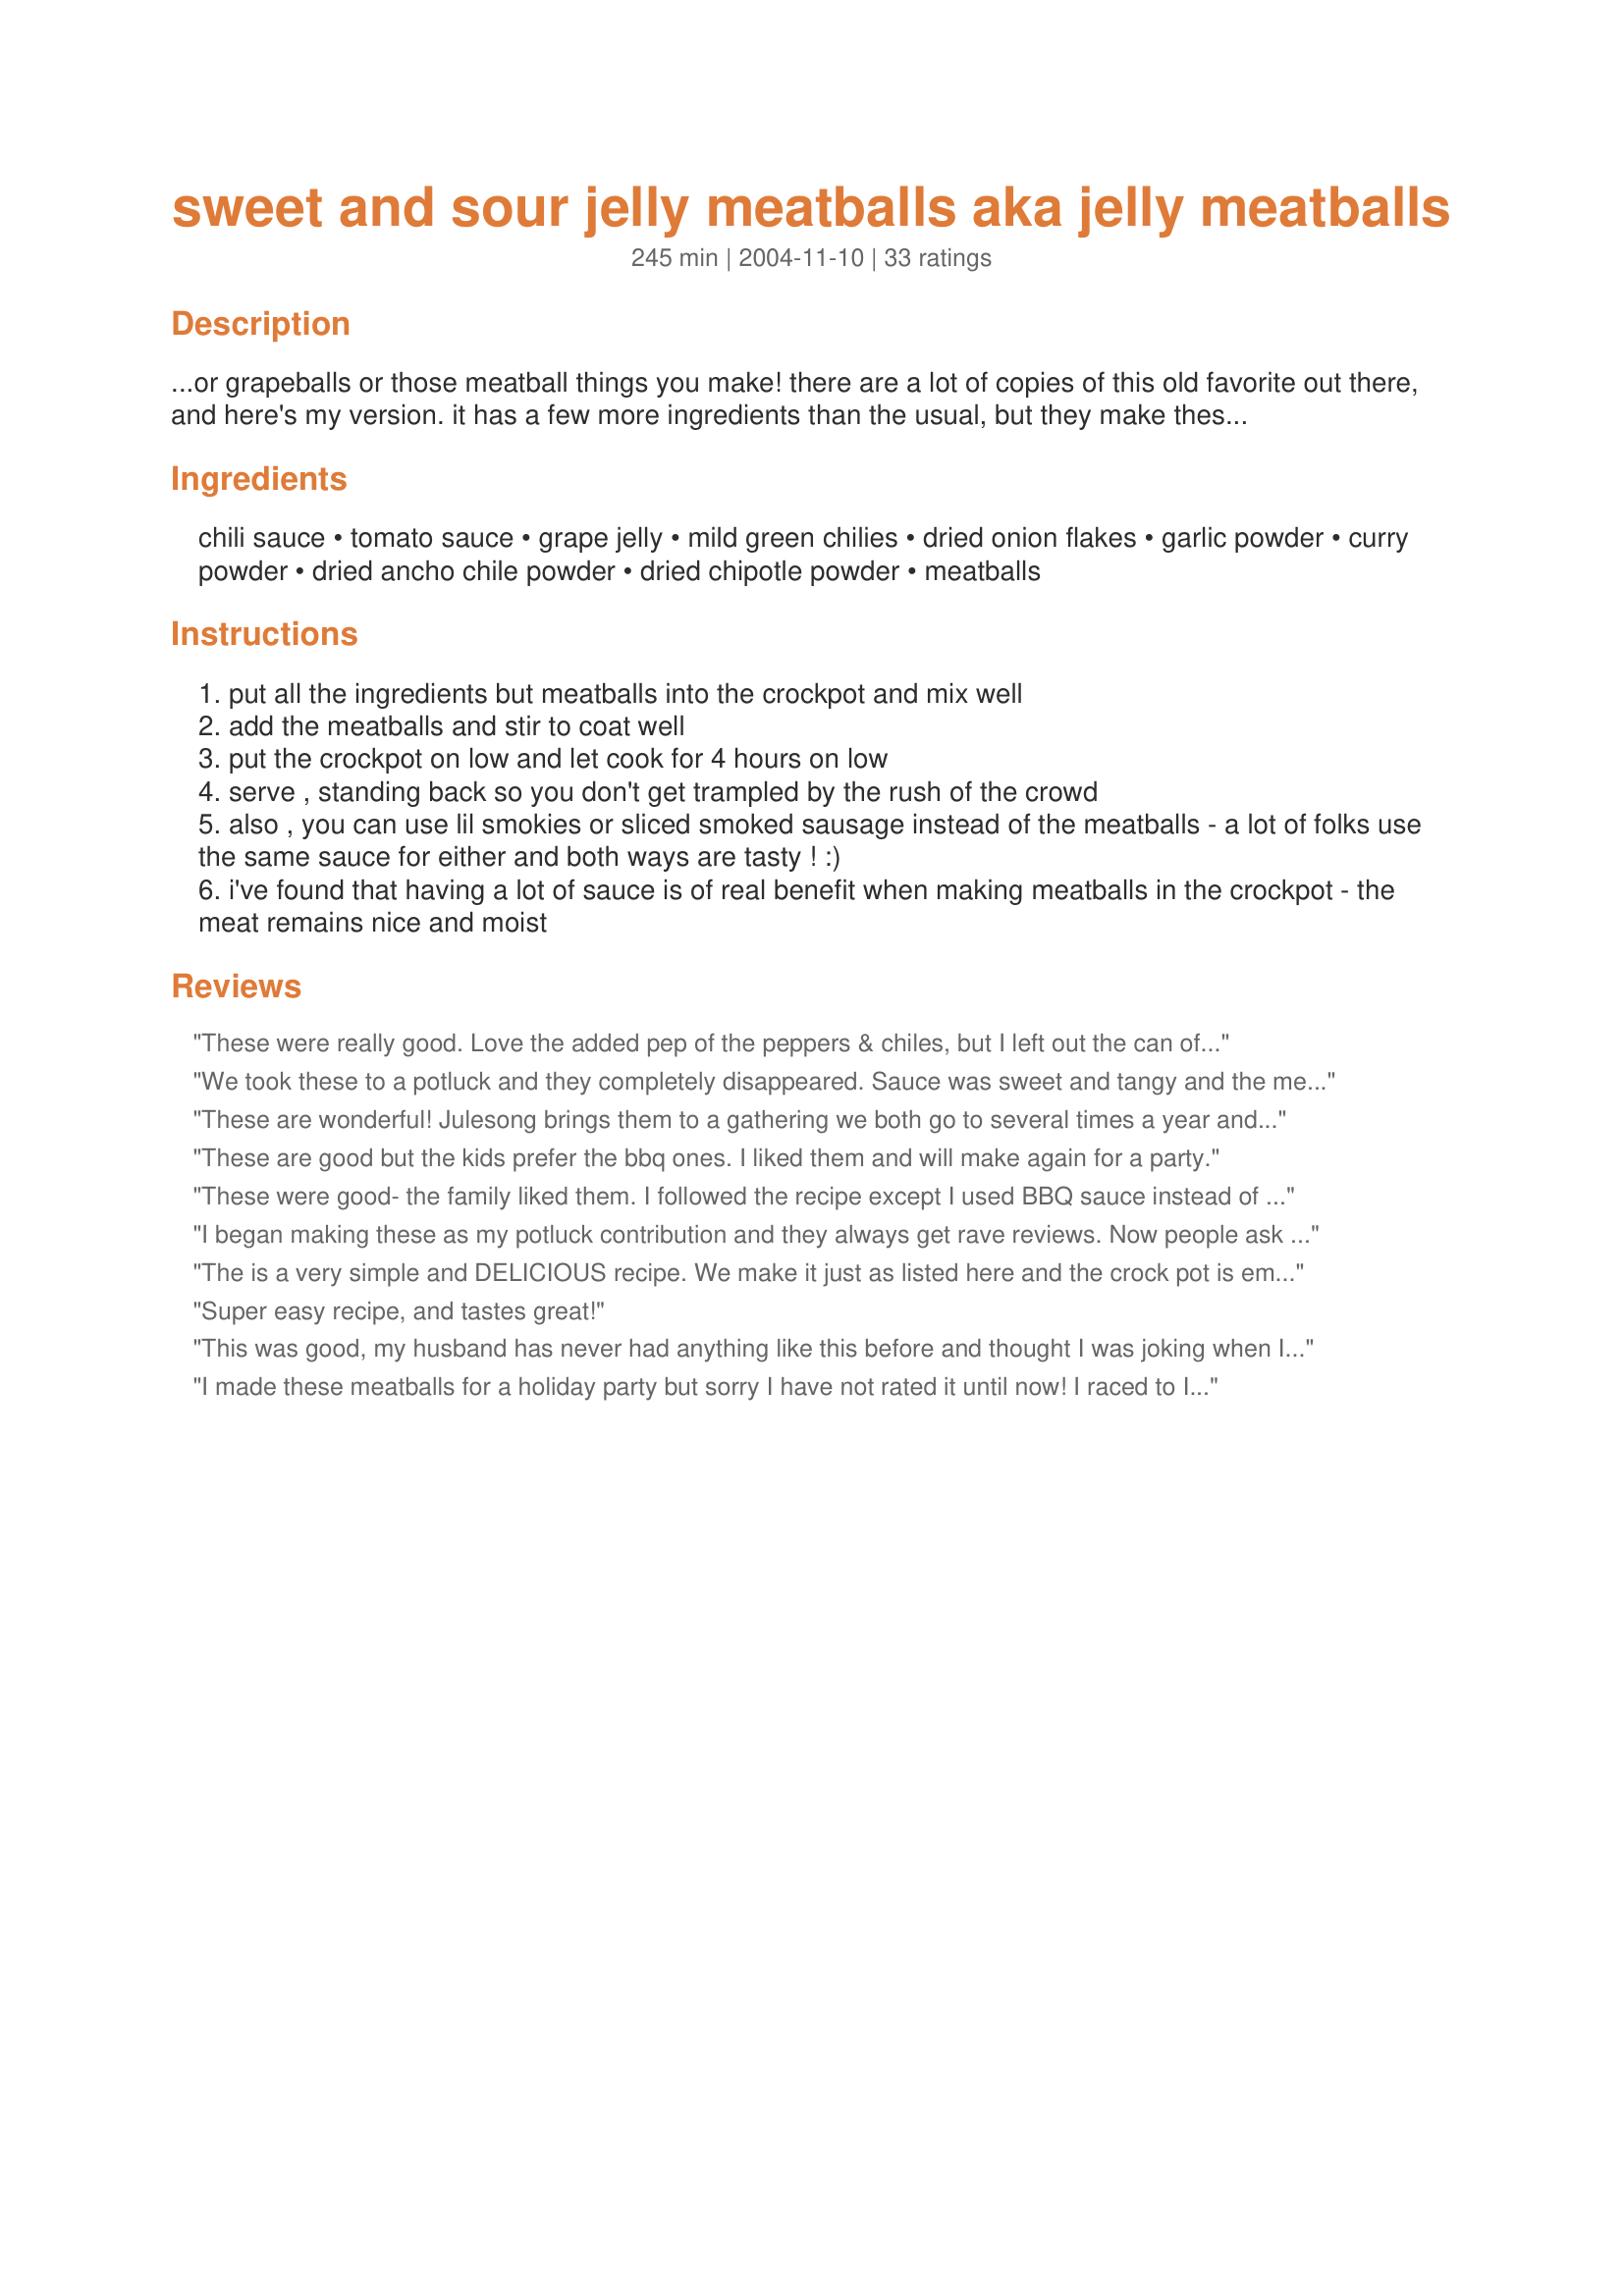
sweet and sour jelly meatballs aka jelly meatballs
Preparation time: 245 minutes

...or grapeballs or those meatball things you make! there are a lot of copies of this old favorite out there, and here's my version. it has a few more ingredients than the usual, but they make these tasty tidbits even more incredibly delicious!

Ingredients:
chili sauce, tomato sauce, grape jelly, mild green chilies, dried onion flakes, garlic powder, curry powder, dried ancho chile powder, dried chipotle powder, meatballs

Steps:
put all the ingredients but meatballs into the crockpot and mix well
add the meatballs and stir to coat well
put the crockpot on low and let cook for 4 hours on low
serve , standing back so you don't get trampled by the rush of the crowd
also , you can use lil smokies or sliced smoked sausage instead of the meatballs - a lot of folks use the same sauce for either and both ways are tasty ! :)
i've found that having a lot of sauce is of real benefit when making meatballs in the crockpot - the meat remains nice and moist

Reviews:
These were really good. Love the added pep of the peppers & chiles, but I left out the can of tomato sauce, it was really SO much sauce that I felt it was silly to add anything else to it. Maybe next time I will try a few tablespoons of tomato paste if I have it on hand.
We took these to a potluck and they completely disappeared. Sauce was sweet and tangy and the meatballs were tender. I substituted diced tomatoes for tomato sauce.
These are wonderful! Julesong brings them to a gathering we both go to several times a year and gets raves from everyone and they always disappear fast! Sweet but spicy in a nummy sauce!
These are good but the kids prefer the bbq ones. I liked them and will make again for a party.
These were good- the family liked them. I followed the recipe except I used BBQ sauce instead of the spices. (easier) Warning- it leaves a crock pot full of juice. I then put a pork tenderloin in there to let it cook in the juice and it turned out good too.
I began making these as my potluck contribution and they always get rave reviews. Now people ask me to make them 'just because' and I never have left overs. I wish I could take credit for this recipe because everyone loves it so much. Easy to make and great tasting. Try it for Superbowl!
The is a very simple and DELICIOUS recipe. We make it just as listed here and the crock pot is empty every time. The sauce is great to serve as a topping over steamed rice or future grilled or baked pork, steak and chicken. My son doesn&#039;t like &quot;chunks&quot;, so I puree the green chilies. Thanks for posting!
Super easy recipe, and tastes great!
This was good, my husband has never had anything like this before and thought I was joking when I said to get grape jelly. I did not have the ancho chili powder so i subbed regular chili powder and some cumin. On Super Bowl they were served right out of the crock pot but the next night I put the meatballs on sub rolls and topped with mozzarella then ran them under the broiler and they were really good!
I made these meatballs for a holiday party but sorry I have not rated it until now! I raced to Ikea for meatballs but they were sold out so I used ones from Trader Joe's. I mostly made as stated, but used a 24 ounce jar of grape jam instead of the jelly and I didn't have ancho chile powder or dried chipotle powder so I put in 1/2 teaspoon regular chili powder instead and 2 teaspoons of sriracha for kick. The green chilies are a great addition. Everyone adored these and a few people asked for the recipe. Thanks, Julesong, this makes great party food!
I have not tried this yet but I think I can rate it without tasting.
I wonder if it would be good with jalapeno jelly because I make my own pepper jrlly.
 Thanks for posting !
Wonderful meatballs! I usually don't like meatballs and I couldn't stay out of these. 

I used the remaining juices to cook a pork tenderloin in the crock pot the next day as someone else suggested. If I were to do that again, I'd marinate the pork tenderloin overnight and the roast it in the oven. You can't go wrong with the meatballs!
Very good. a nice step up from the plain chili and jelly meatballs. We had them for one of our hoiday dinners, served with brown rice and cut up fresh veggies. Yum!
These were the most moist and delicious meatballs I have had in a while. Never too much sauce. I served them over a bed of egg noodles. Scrumptious. The only different thing I did was I only added 4 oz green chillies cause I couldn't fine 7 oz. I was actually going to buy 2 of the 4oz because I love green chillies. And the other thing was I didn't add the chipotle powder, not fond of it. These are going to make great lunches. Next time I will serve them over a bed of rice to vary it.
Fantastic meatballs! I usually make mine from scratch and use the basic jelly and chili sauce but I didn't have the time. I bought frozen ones and used this sauce...they were delicious!!! This is gonna be my new (and easier) meatball recipe! Thanks Julesong!
A staple at all my parties! We love to serve the leftovers in hot dog buns topped with a little jalapeno jack cheese. Our own meatball subs! Really great recipe! Thanks!
Made these on Sunday for my twins' 1st bday party. So easy and not one meatball was left - this was the only item that was DEVOURED! Thanks!Delish!! I will make this again!
We had a baby shower at work today, so I volunteered to bring in something. I made these and let me tell you they went over really well. Everyone was standing over the crock pot and sticking toothpicks into the meatballs in the pot and eating them. They didn't even dare leave the pan for fear of not getting close enough to them again :) They were really great and different than the ones with just the jelly and the chili sauce. Thanks for sharing Jules!
Julesong, this is sooooo good! I will not rate this recipe since I had to make so many substitutes, but this is delicious! I had to sub 1-29 oz. can of enchilada sauce for the chili and tomato sauces because that is what I had. Oh, just reading through the recipe again and realized I forgot the chopped green chilies. Since I put in the already-flavorful enchilada sauce, I did not include any chipotle powder. I pan-fried Savory Flavory Meatballs (Recipe #139948) to go in here, and these were devoured at the Superbowl Party! <br/><br/>Thanks again, Julesong!
Made these for a Boy Scout potluck and everyone, young and old, gobbled them up ! Used the leftover sauce to cook a pork tenderloin I had in the freezer and got 2 great meals out of one. They were so good I am making a smaller batch tonight for just the family ! Thanks !
OMG....Made this last night for Appetizer Christmas Eve Family Gathering. Used 5 lbs of meat balls with the same amount of ingredients except I used 2 bottles of heinze Chili Sce in place of the tomato sce. Also doubled the spices n used reg. chili powder spice since I didn't have Ancho chili powder., also added a 1/4 tsp of Jalepeno powder. They were all gone in 2 hours. Every teenager, young adult and adult were scarfing them down and commenting how incredible they are. I could of added a little more spicy but I used caution, next time I will tripple the spices to give it a bit of a kick. Enjoyed this soooo much more than the regular jelly n chili sce meatballs. Everyone at the party will be making these... Thanks again for perfecting a good recipe and making it GREAT !!!!
What a delicious and easy recipe! This dish will be served again this year for our Christmas brunch for the family. It's a hit with everyone, young and not so young.
These were really good. I reduced the recipe because I was cooking for two. I used half of a chopped onion instead of the dried onion flakes. I omitted the chilies, curry powder, chile powder and chipotle powder. I baked mine in the oven. I'm thinking of ways to use the leftover sauce. This is a keeper.
Oh my gosh!!!!!!!!!!! This was the best tasting meatballs ever... I am so glad I checked online to see what others used for meatball sauces... this is the best mmmmmmm goood.....this is a must try even my little kids who are picky loved them.....thanks
One word:

WONDERFUL !
awesome!! The kids loved it, hubby loved it, company loved it ...what more can I ask for. I made homemade meatballs. I had a hard time finding can chilies so I just used the dry ones.
There was tons of sauce left over so I froze it. I used it again in the crockpot with some frozen precooked meatballs and BAM fast dinner for a second time.
Really good. I served them as an appetizer but would also serve them for a meal over egg noodles. Thanks!
These were delicious!! Even my picky husband loved them! I had to put the green chiles and onion flakes in my food processor to blend because he doesn't like "chuncks of stuff" in food. I also didn't have all the spices called for so I added about 1/2 cup BBQ sauce and went with 2- 4oz cans of green chiles with a little extra garlic powder and onion seasoning. They were awesome and a huge hit at our family night! Thanks alot Julesong!
I make these every St. Patrick's Day. They're not very Irish BUT, everyone loves them and they only last a few minutes once they're ready. Everyone always asks me for the recipe. I always send them to this site! Thanks for sharing such an easy and delicious recipe.
This was amazing! The ingredients are a bit bizarre, but the final outcome is fantastic! I wanted something more than just the "grape jelly and bbq sauce" recipe and this is it! Thanks!
I made these meatballs for a tailgate party and they were a big hit. I came home with no leftovers. The extra ingredients added a little something different than the standard grape jelly/chili meatballs. I hesitated on the green chilis but threw caution to the wind and went for it.
I've made these twice now, and I'm sorry to say I haven't rated them sooner.This is the only meatball appetizer recipe I will use from now on. They are wonderful! Thanks Julesong.
Yummy, yummy sauce. Would have been enough for 4 lbs of meatballs, if I had a bigger crock pot. I think this would be great with polish sausage, also.
